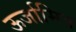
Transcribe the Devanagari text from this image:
ऊर्जामित्र